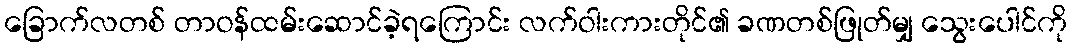
ခြောက်လတစ် တာဝန်ထမ်းဆောင်ခဲ့ရကြောင်း လက်ဝါးကားတိုင်၏ ခဏတစ်ဖြုတ်မျှ သွေးပေါင်ကို